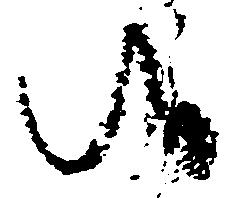
候